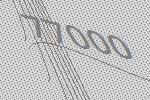
77000